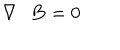
LaTeX: { \bf \nabla } \cdot { \bf B } = 0